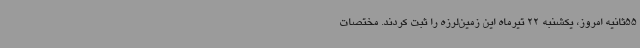
55ثانیه امروز، یکشنبه 22 تیرماه این زمین‌لرزه را ثبت کردند. مختصات